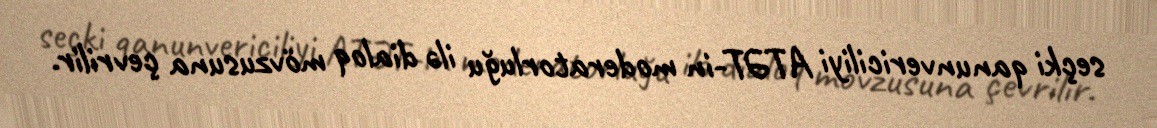
seçki qanunvericiliyi ATƏT-in moderatorluğu ilə dialoq mövzusuna çevrilir.